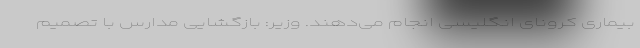
بیماری کرونای انگلیسی انجام می‌دهند. وزیر: بازگشایی مدارس با تصمیم